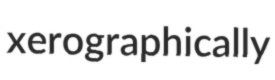
xerographically